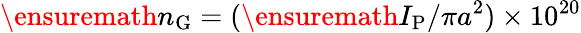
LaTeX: \ensuremath{n_{\mathrm{G}}}=(\ensuremath{I_{\mathrm{P}}}/\pi a^{2})\times 10^{20}